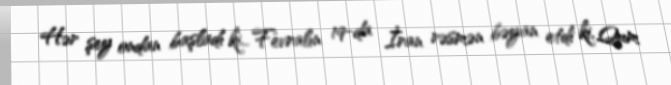
Hər şey ondan başladı ki... Fevralın 19-da İran rəsmən bəyan etdi ki, Qum